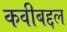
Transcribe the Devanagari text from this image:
कवीबद्दल